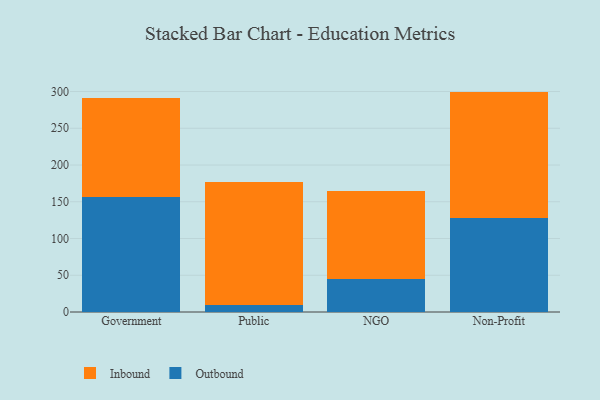
{"axis": {"x": "Segment", "y": "Gross Profit (USD K)"}, "legend": ["Inbound", "Outbound"], "data": [{"x": "Government", "y": 156.7, "type": "Outbound"}, {"x": "Government", "y": 135.1, "type": "Inbound"}, {"x": "Public", "y": 10.0, "type": "Outbound"}, {"x": "Public", "y": 167.3, "type": "Inbound"}, {"x": "NGO", "y": 44.6, "type": "Outbound"}, {"x": "NGO", "y": 120.7, "type": "Inbound"}, {"x": "Non-Profit", "y": 127.4, "type": "Outbound"}, {"x": "Non-Profit", "y": 172.5, "type": "Inbound"}]}